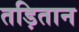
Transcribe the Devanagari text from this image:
तड़ितान